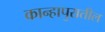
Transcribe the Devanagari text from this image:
कान्हापुरातील